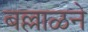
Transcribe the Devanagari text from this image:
बल्लाळने